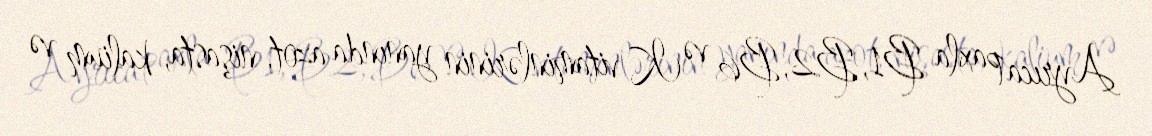
Ayrıca paxla B1, B2, B6 və K vitaminlərinin yanında azot, nişasta, kalium və